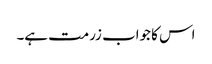
اس کا جواب زرمت ہے۔